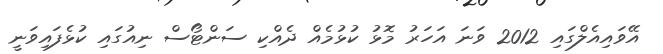
އޭވައިއެލްގައި 2012 ވަނަ އަހަރު މޮޅު ކުޅުމެއް ދެއްކި ސަންޓޯސް ނިއުގައި ކުޅެފައިވަނީ